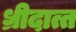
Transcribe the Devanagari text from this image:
ध्रीदात्त